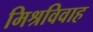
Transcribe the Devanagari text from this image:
मिश्रविवाह